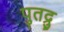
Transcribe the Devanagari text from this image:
पुतद्रु